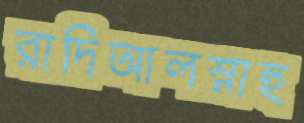
রাদিআলস্নাহু